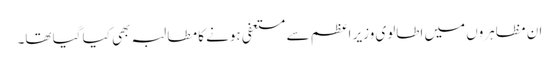
ان مظاہروں میں اطالوی وزیر اعظم سے مستعفی ہونے کا مطالبہ بھی کیا گیا تھا۔